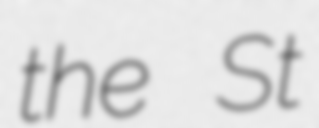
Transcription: the St